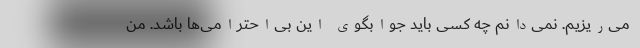
می‌ریزیم. نمی‌دانم چه کسی باید جوابگوی این بی‌احترامی‌ها باشد. من